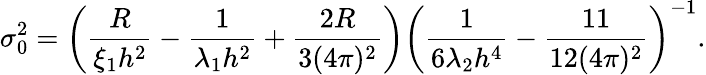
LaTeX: \sigma_{0}^{2}=\left(\frac{R}{\xi_{1}h^{2}}-\frac{1}{\lambda_{1}h^{2}}+\frac{2R}{3(4\pi)^{2}}\right)\left(\frac{1}{6\lambda_{2}h^{4}}-\frac{11}{12(4\pi)^{2}}\right)^{-1}.